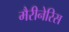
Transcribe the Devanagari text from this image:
मैरीनेरिस